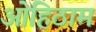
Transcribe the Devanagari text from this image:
ओहिठाम